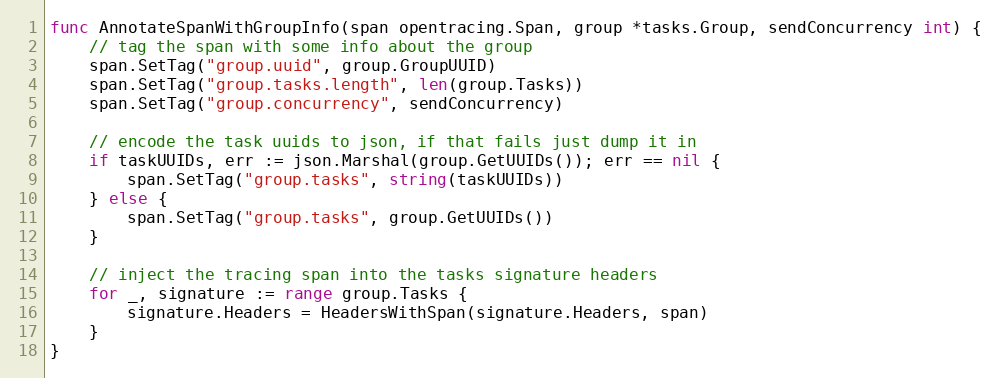
Language: Go
func AnnotateSpanWithGroupInfo(span opentracing.Span, group *tasks.Group, sendConcurrency int) {
	// tag the span with some info about the group
	span.SetTag("group.uuid", group.GroupUUID)
	span.SetTag("group.tasks.length", len(group.Tasks))
	span.SetTag("group.concurrency", sendConcurrency)

	// encode the task uuids to json, if that fails just dump it in
	if taskUUIDs, err := json.Marshal(group.GetUUIDs()); err == nil {
		span.SetTag("group.tasks", string(taskUUIDs))
	} else {
		span.SetTag("group.tasks", group.GetUUIDs())
	}

	// inject the tracing span into the tasks signature headers
	for _, signature := range group.Tasks {
		signature.Headers = HeadersWithSpan(signature.Headers, span)
	}
}